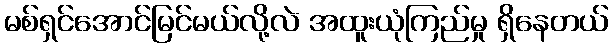
မစ်ရှင်အောင်မြင်မယ်လို့လဲ အထူးယုံကြည်မှု ရှိနေတယ်